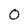
Character: O